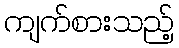
ကျက်စားသည့်